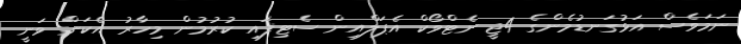
ނަމަވެސް އަޅުގަނޑުމެންގެ 4ޖީ ނެޓްވޯކް އެޕަލްއިން ސެޓިފައި ކުރުމުން މިހާރު އެކަން ވަނީ